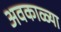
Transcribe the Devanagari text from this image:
अवकाळ्या